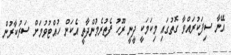
އޭނާ ސިފަކުރައްވާ ގޮތުގައި މިކަމަކީ ދީނީ ރޫހު ފެތުރެމުންދާތީ އެކަން ހުއްޓުވުމަށް ސަރުކާރުން